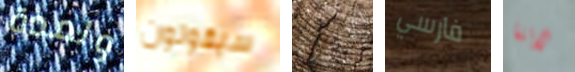
ولمدة سيقولون الاثارة فارسي لاننا